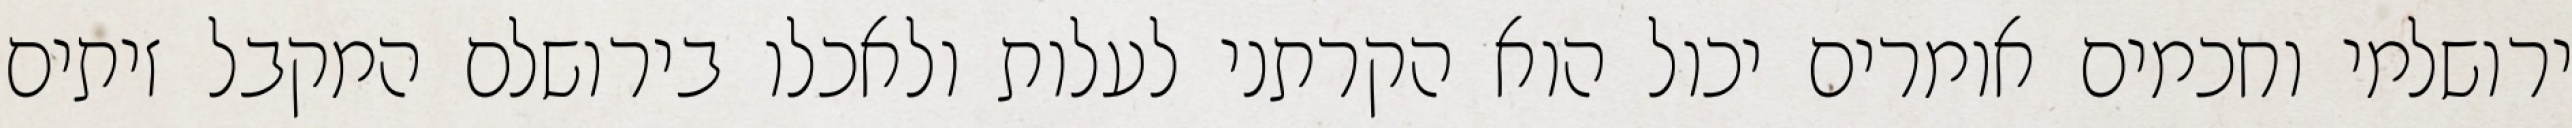
ירושלמי וחכמים אומרים יכול הוא הקרתני לעלות ולאכלו בירושלם המקבל זיתים